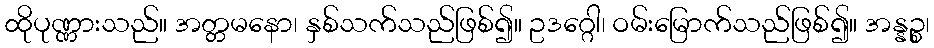
ထိုပုဏ္ဏားသည်။ အတ္တမနော၊ နှစ်သက်သည်ဖြစ်၍။ ဥဒဂ္ဂေါ၊ ဝမ်းမြောက်သည်ဖြစ်၍။ အန္နဉ္စ၊